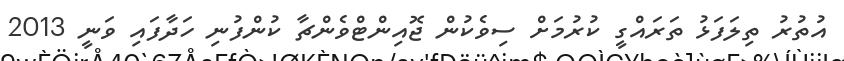
އުތުރު ތިލަފަޅު ތަރައްގީ ކުރުމަށް ސިވެކުން ޖޮއިންޓްވެންޗާ ކުންފުނި ހަދާފައި ވަނީ 2013